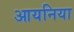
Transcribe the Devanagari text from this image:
आयनिया